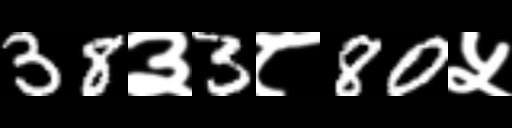
Text: 38३3८80५